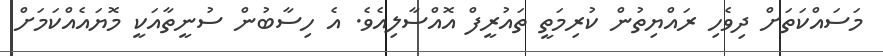
މަސައްކަތަށް ދިވެހި ރައްޔިތުން ކުރިމަތީ ތައުރީފް އޮއްސާލިއެވެ. އެ ހިސާބުން ސުނީތާއަކީ މޮޔައެއްކަމަށް